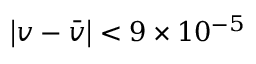
\left| v - { \bar { v } } \right| < 9 \times 1 0 ^ { - 5 }